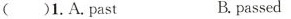
()1.A.past B.passed